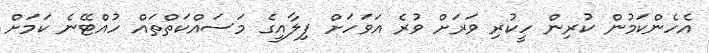
އެހެންކަމުން ކުރިން ހީކުރި ވަރަށް ވުރެ އަވަހަށް ފިލާއީގެ މަސައްކަތްތައް ހުއްޓޭނެ ކަމަށް